65_HS1-834228961_62-HQ-83894_Section_2
Agency: FBI
Page 91
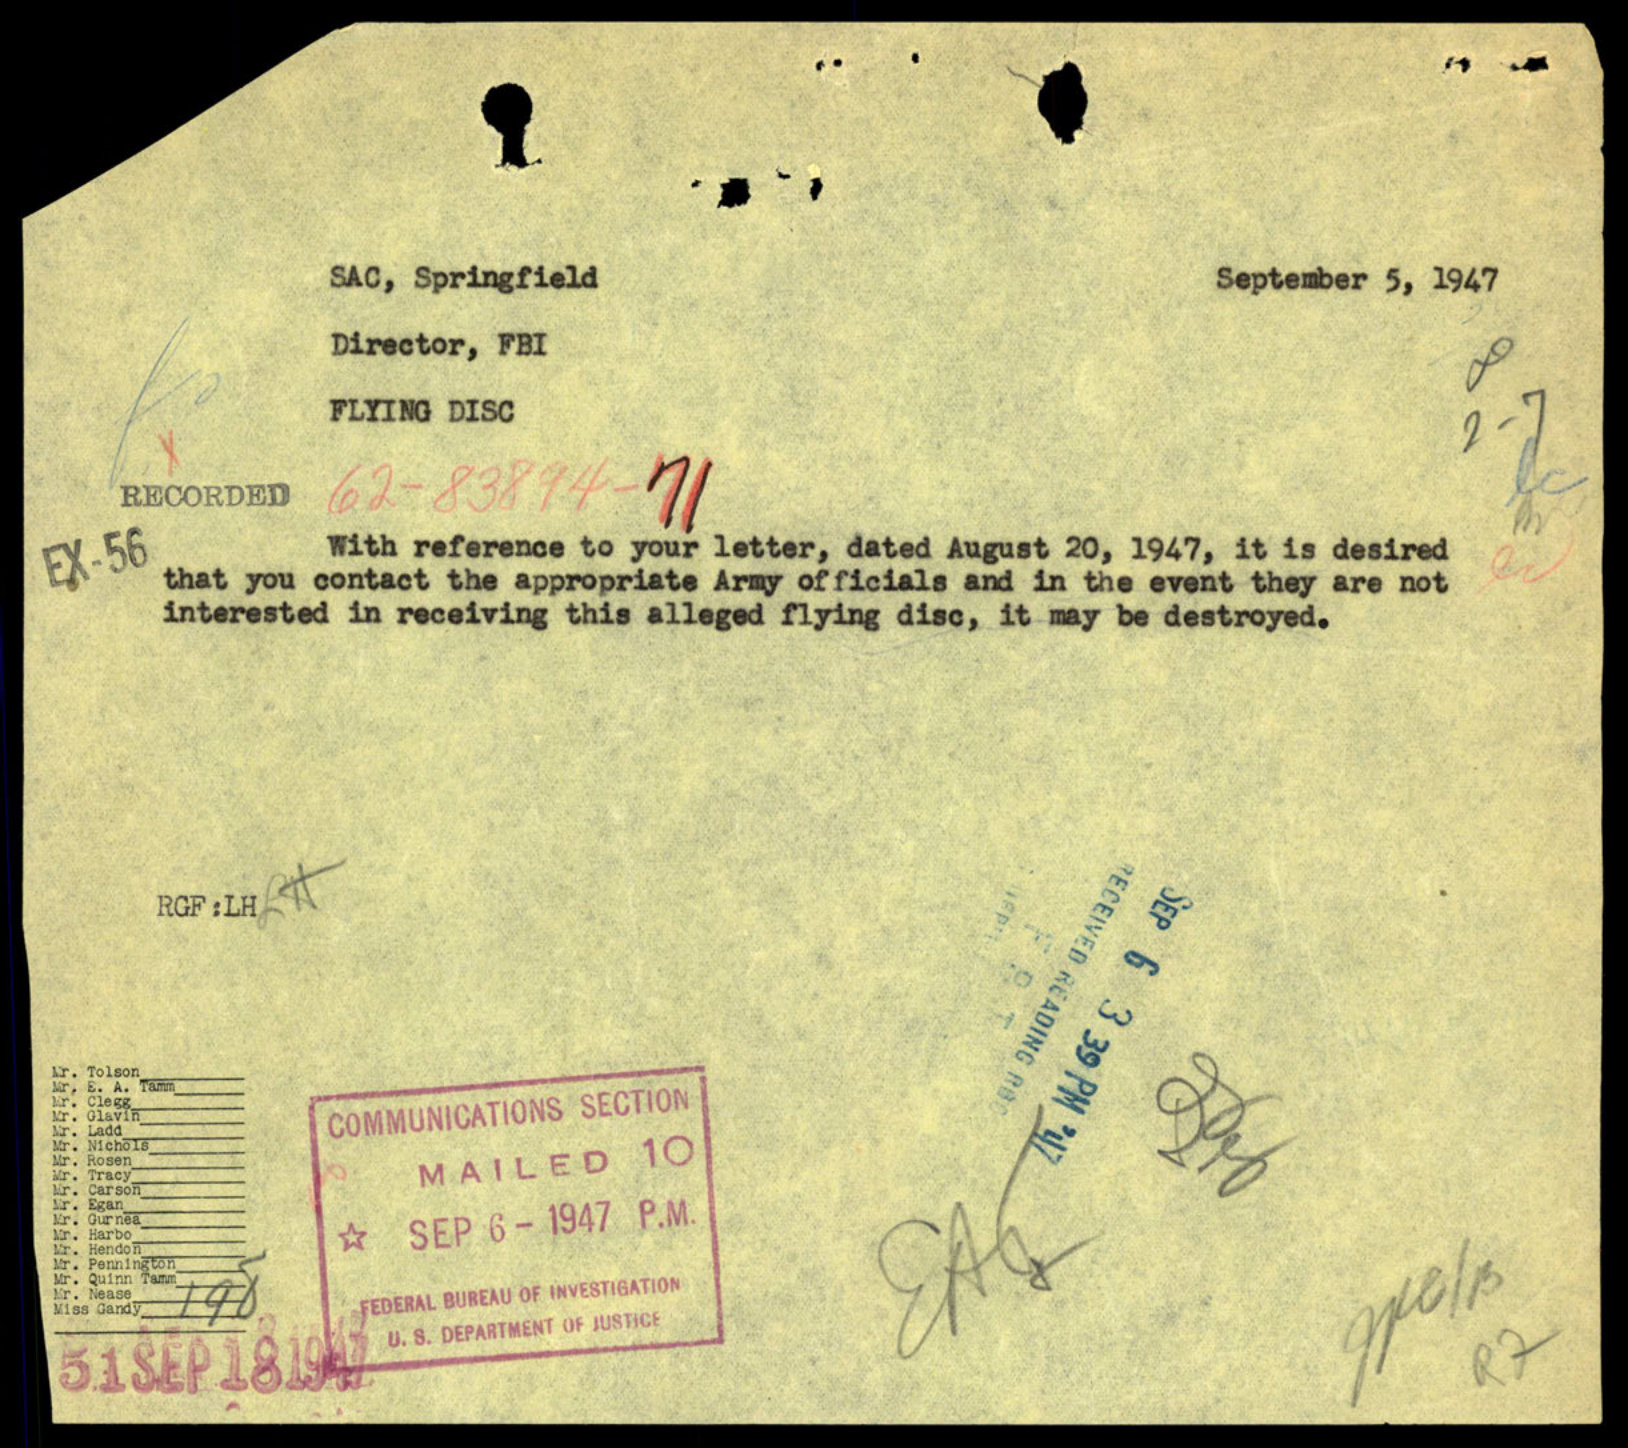